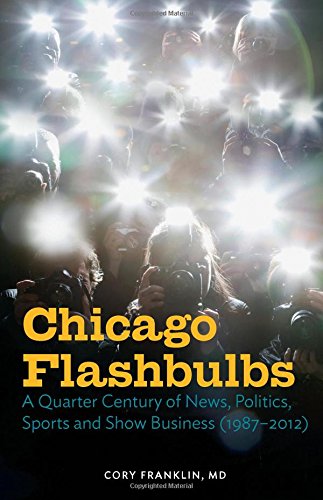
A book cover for Chicago Flashbulbs: A Quarter Century of News, Politics, Sports, and Show Business (1987-2012); Cory Franklin MD; Sports & Outdoors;